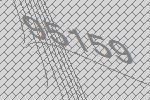
95159